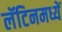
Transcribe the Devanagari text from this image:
लॅटिनमध्यें